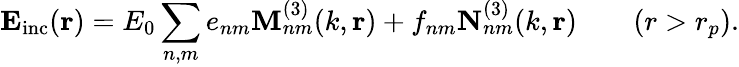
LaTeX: \mathbf{E_{\mathrm{inc}}}(\mathbf{r})=E_{0}\sum_{n,m}e_{nm}\mathbf{M}_{nm}^{(3)}(k,\mathbf{r})+f_{nm}\mathbf{N}_{nm}^{(3)}(k,\mathbf{r})\qquad(r>r_{p}).